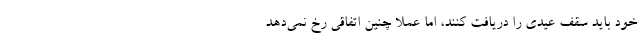
خود باید سقف عیدی را دریافت کنند، اما عملا چنین اتفاقی رخ نمی‌دهد